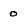
Character: 0